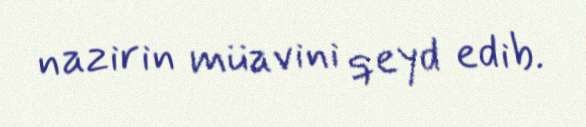
nazirin müavini qeyd edib.